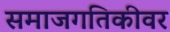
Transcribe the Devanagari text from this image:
समाजगतिकीवर